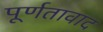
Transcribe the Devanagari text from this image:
पूर्णतावाद